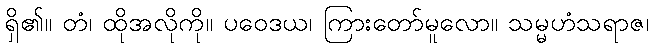
ရှိ၏။ တံ၊ ထိုအလိုကို။ ပဝေဒယ၊ ကြားတော်မူလော။ သမ္မဟံသရာဇ၊